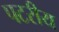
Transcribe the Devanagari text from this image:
पटरीय